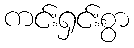
ကင်းရှင်းစွာ